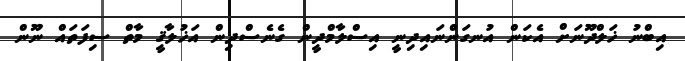
އިބްނު ޚަލްދޫނަށް އެކަން އުނގަންނައިދިނީ އިސްލާމްދީން ގެނެސްދިން އަޚުލާޤީ މާތް ސިފަތައް ނޫން